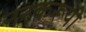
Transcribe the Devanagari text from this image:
नरकरूपी